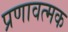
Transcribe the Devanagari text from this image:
प्रणावत्मक